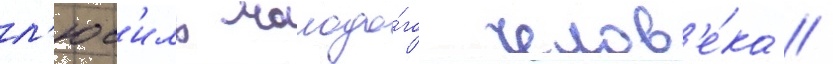
л'юс'иль молодо́го челов'е́ка /